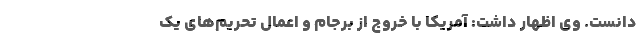
دانست. وی اظهار داشت: آمریکا با خروج از برجام و اعمال تحریم‌های یک